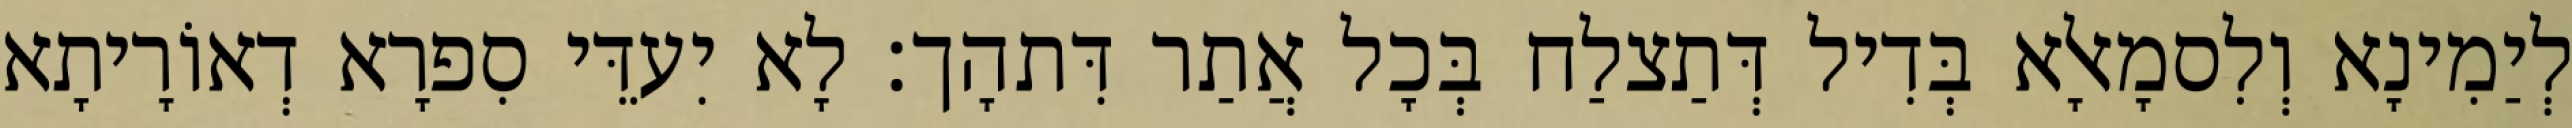
לְיַמִינָא וְלִסמָאלָא בְּדִיל דְּתַצלַח בְּכָל אֲתַר דִּתהָך׃ לָא יִעדֵּי סִפרָא דְאוֹרָיתָא